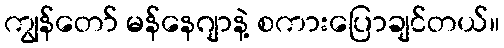
ကျွန်တော် မန်နေဂျာနဲ့ စကားပြောချင်တယ်။